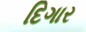
દિગાર